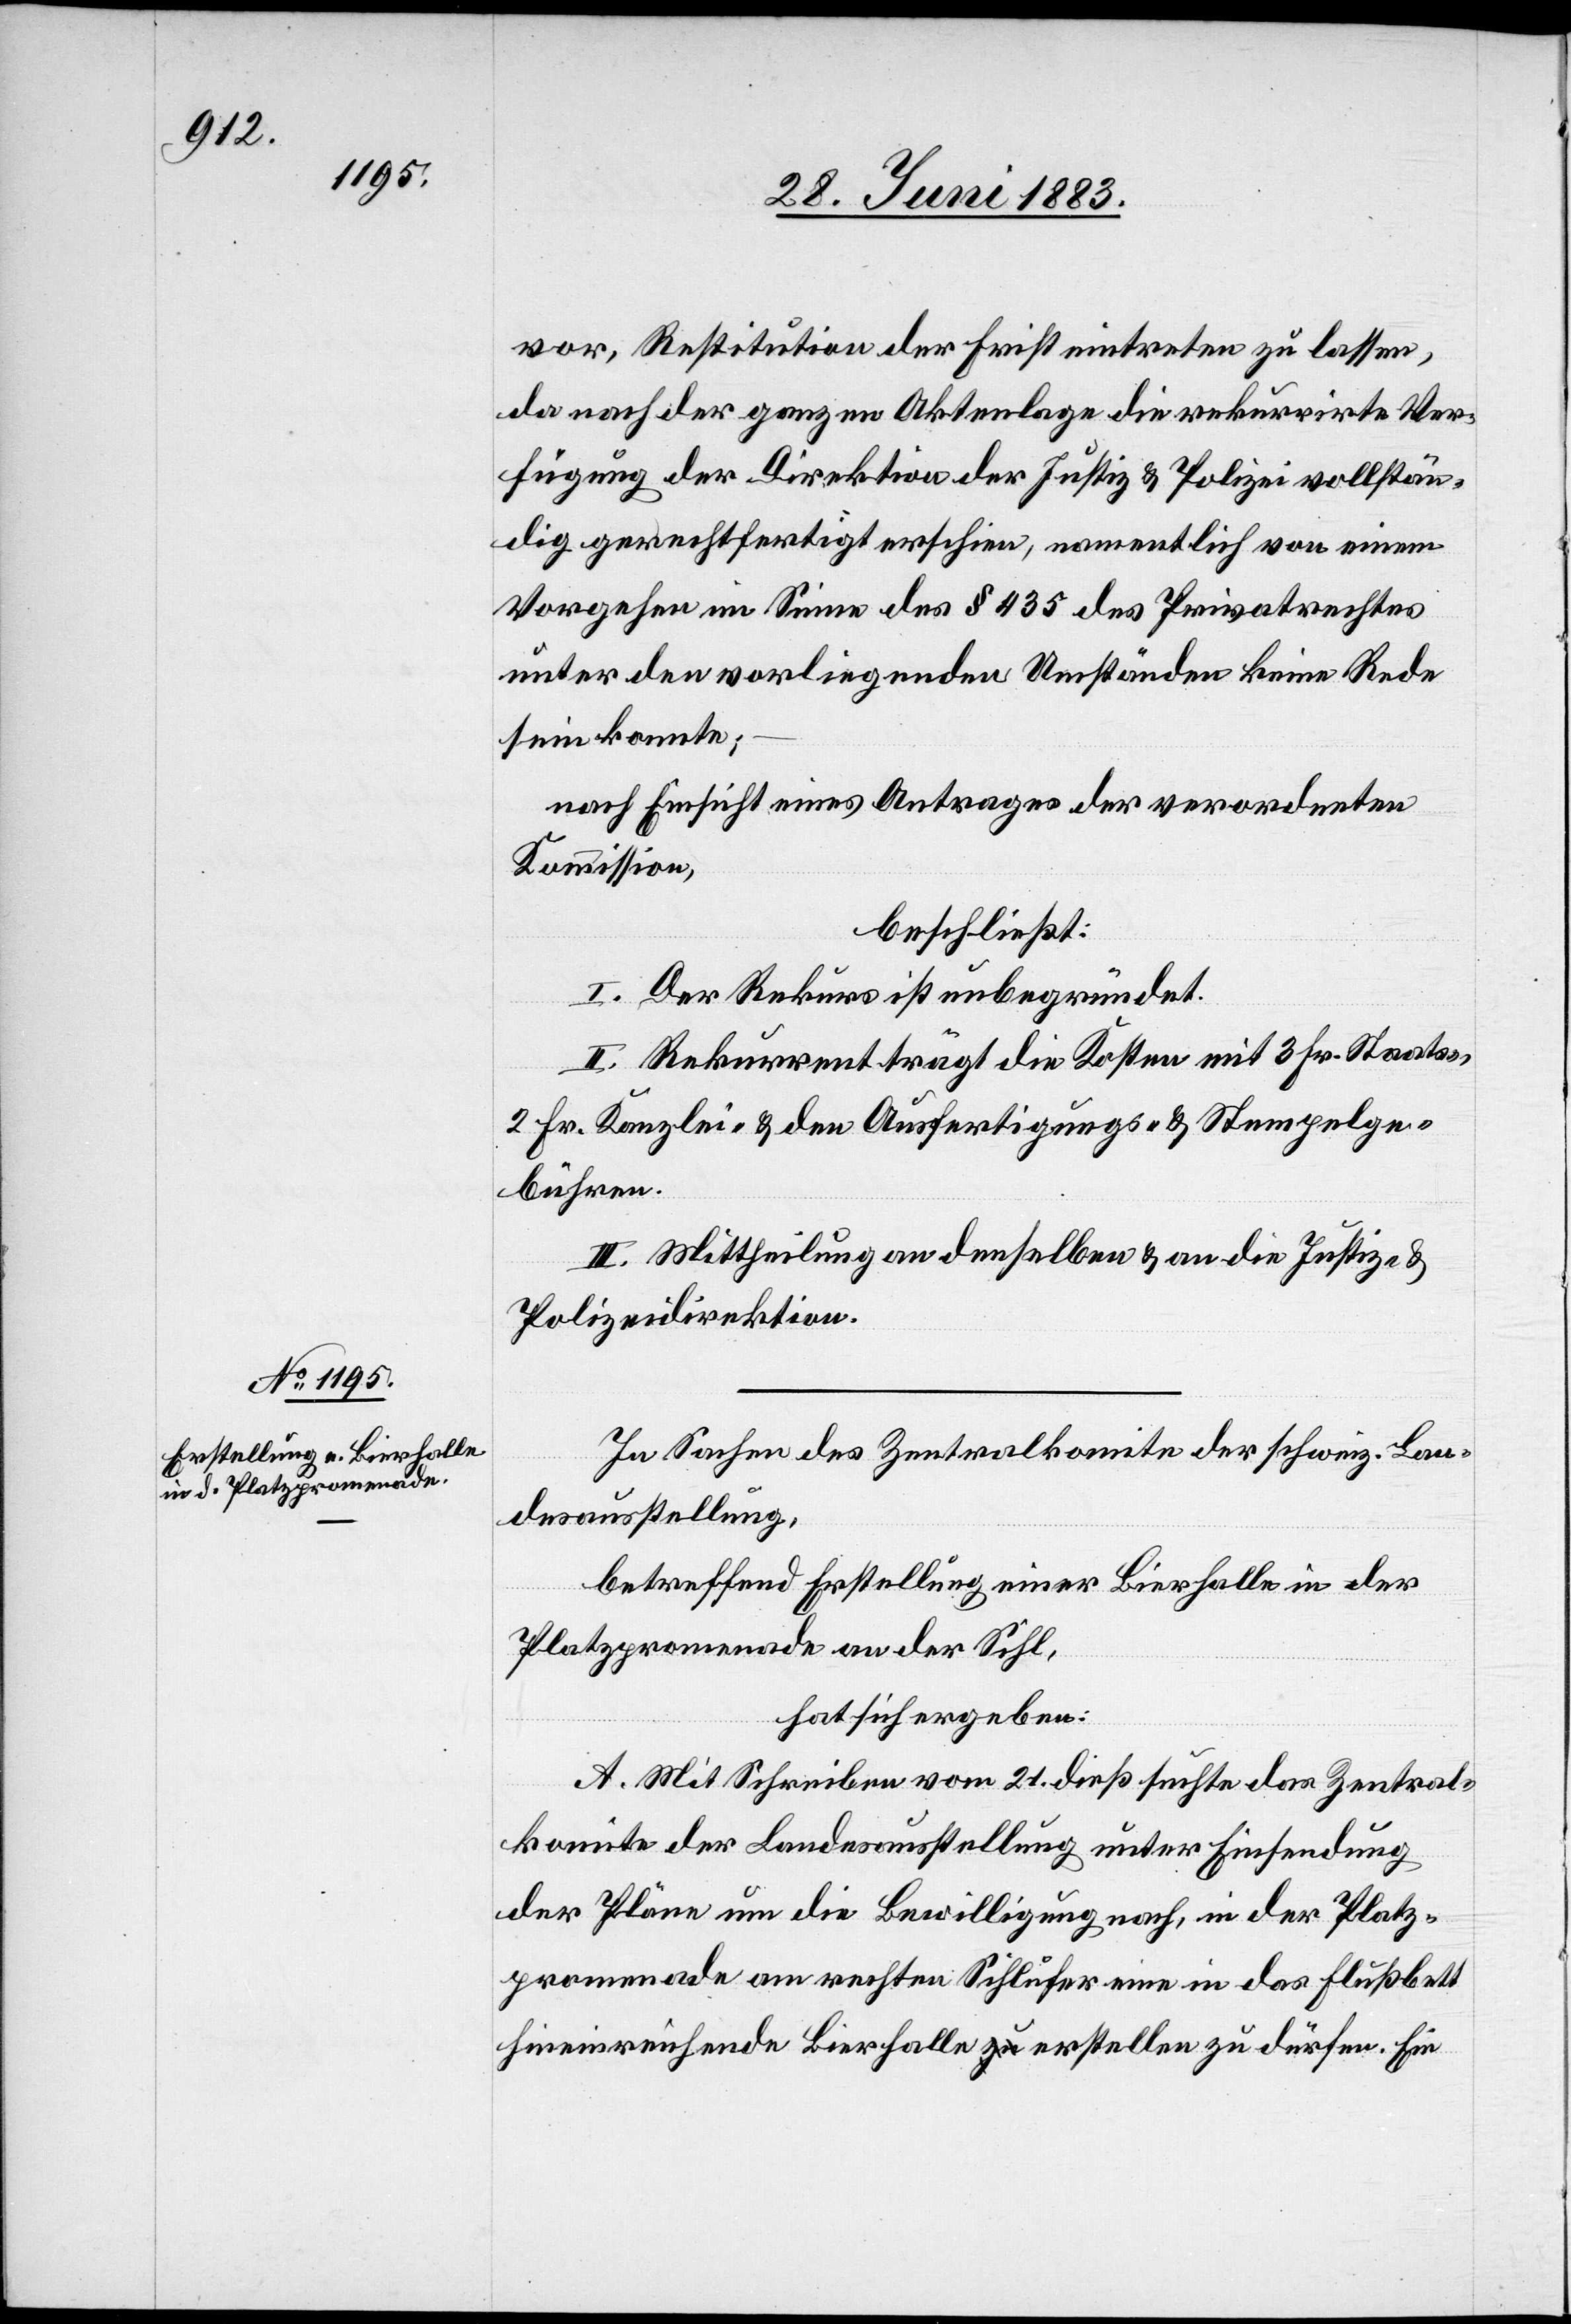
vor, Restitution der Frist eintreten zu lassen,
da nach der ganzen Aktenlage die rekurrirte Ver¬
fügung der Direktion der Justiz & Polizei vollstän¬
dig gerechtfertigt erscheine, namentlich von einem
Vorgehen im Sinne des § 435 des Privatrechtes
unter den vorliegenden Umständen keine Rede
sein konnte;
nach Einsicht eines Antrages der verordneten
Kommission,
beschließt:
I. Der Rekurs ist unbegründet.
II. Rekurrent trägt die Kosten mit 3 Fr. Staats-,
2 Fr. Kanzlei- & den Ausfertigungs- und Stempelge¬
bühren.
III. Mittheilung an denselben & an die Justiz- &
Polizeidirektion.
In Sachen des Zentralkomite der schweiz. Lan¬
desausstellung,
betreffend Erstellung einer Bierhalle in der
Platzpromenade an der Sihl,
hat sich ergeben:
A. Mit Schreiben vom 21. dieß suchte das Zentral¬
komite der Landesausstellung unter Einsendung
der Pläne um die Bewilligung nach, in der Platz¬
promenade am rechten Sihlufer eine in das Flussbett
hinreichende Bierhalle erstellen zu dürfen. Ein